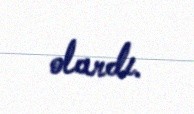
olardı.